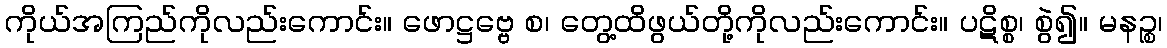
ကိုယ်အကြည်ကိုလည်းကောင်း။ ဖောဋ္ဌဗ္ဗေ စ၊ တွေ့ထိဖွယ်တို့ကိုလည်းကောင်း။ ပဋိစ္စ၊ စွဲ၍။ မနဉ္စ၊